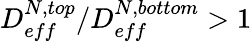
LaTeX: {{D_{eff}^{N,top}}/{D_{eff}^{N,bottom}}>1}